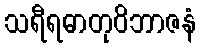
သရီရဓာတုဝိဘာဇနံ